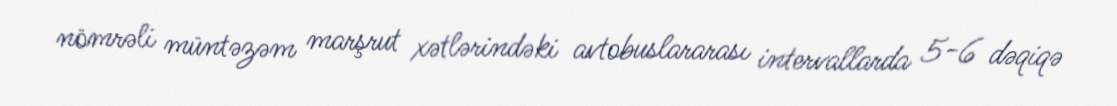
nömrəli müntəzəm marşrut xətlərindəki avtobuslararası intervallarda 5-6 dəqiqə